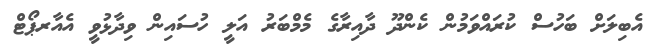
އެބިލަށް ބަހުސް ކުރައްވަމުން ކެންދޫ ދާއިރާގެ މެމްބަރު އަލީ ހުސައިން ވިދާޅުވީ އެއާރޕޯޓް